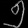
Digit: ၅